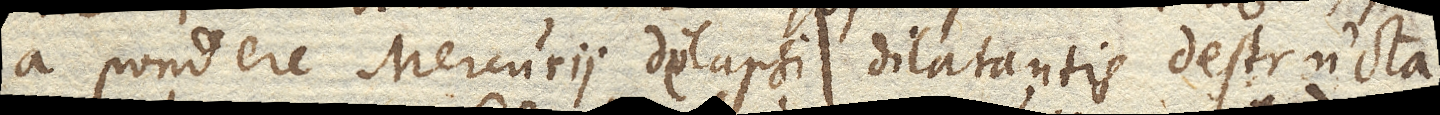
a pondere Mercurii delapsi dilatantis destructa